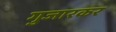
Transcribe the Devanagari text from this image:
गुजारकर